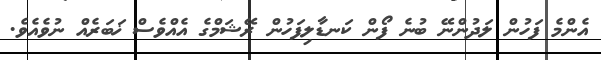
އެންމެ ފަހުން ލަދުންނޭ ބުނެ ފޯން ކަނޑާލިފަހުން ރޭޝަމްގެ އެއްވެސް ޚަބަރެއް ނުވެއެވެ.